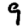
Digit: 9